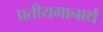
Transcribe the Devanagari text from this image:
प्रतीयमानार्थ